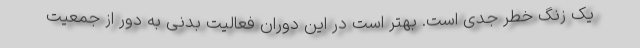
یک زنگ خطر جدی است. بهتر است در این دوران فعالیت بدنی به دور از جمعیت